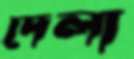
দেলা